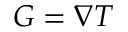
G = \nabla T